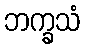
ဘက္ခသံ